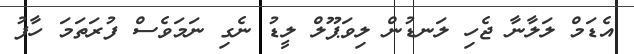
އެޑަމް ލަލާނާ ޖެހި ލަނޑުން ލިވަޕޫލް ލީޑު ނެގި ނަމަވެސް ފުރަތަމަ ހާފު